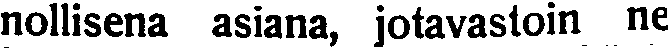
nollisena asiana, jotavastoin ne